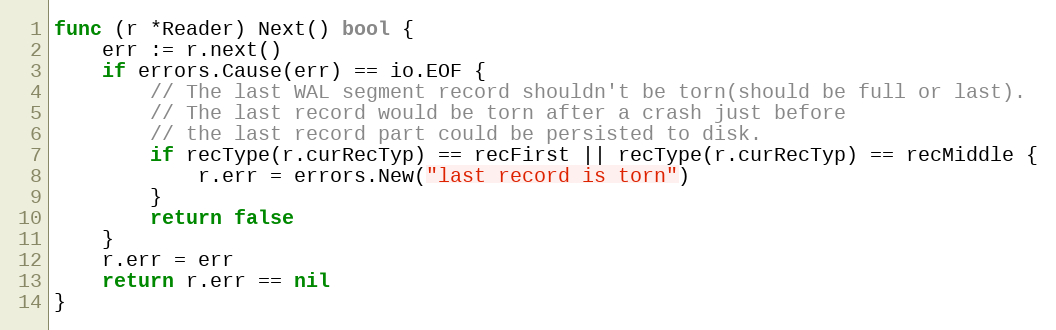
Language: Go
func (r *Reader) Next() bool {
	err := r.next()
	if errors.Cause(err) == io.EOF {
		// The last WAL segment record shouldn't be torn(should be full or last).
		// The last record would be torn after a crash just before
		// the last record part could be persisted to disk.
		if recType(r.curRecTyp) == recFirst || recType(r.curRecTyp) == recMiddle {
			r.err = errors.New("last record is torn")
		}
		return false
	}
	r.err = err
	return r.err == nil
}